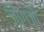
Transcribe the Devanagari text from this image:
ज़ोंगज़ी